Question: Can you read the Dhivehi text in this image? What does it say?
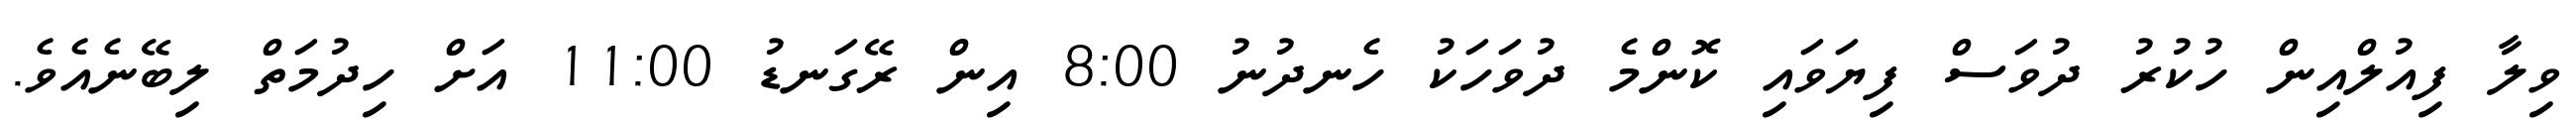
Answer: ވިލާ ފިއުލްއިން ހުކުރު ދުވަސް ފިޔަވައި ކޮންމެ ދުވަހަކު ހެނދުނު 8:00 އިން ރޭގަނޑު 11:00 އަށް ހިދުމަތް ލިބޭނެއެވެ.